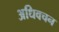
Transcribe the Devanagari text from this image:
अधिवचन